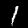
Label: 1